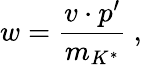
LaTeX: w={\frac{v\cdot p^{\prime}}{m_{K^{*}}}}\ ,